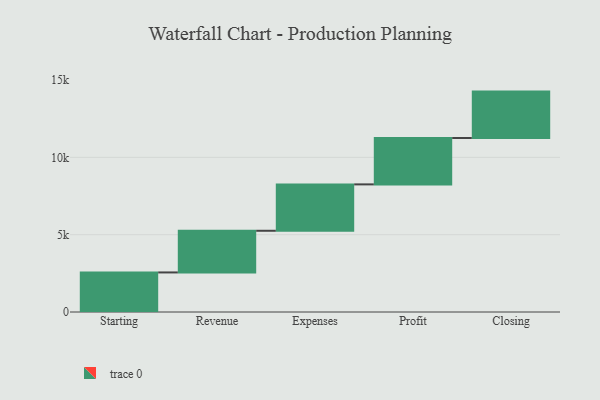
{"axis": {"x": "Step", "y": "Value"}, "legend": [""], "data": [{"x": "Starting", "y": 2558.0, "type": ""}, {"x": "Revenue", "y": 2695.0, "type": ""}, {"x": "Expenses", "y": 3000, "type": ""}, {"x": "Profit", "y": 3000, "type": ""}, {"x": "Closing", "y": 3000, "type": ""}]}